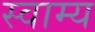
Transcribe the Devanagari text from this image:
स्वाम्य